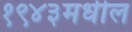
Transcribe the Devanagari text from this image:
१९४३मधील